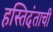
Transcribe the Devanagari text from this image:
हस्तिदंताची